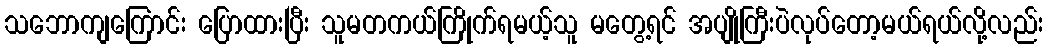
သဘောကျကြောင်း ပြောထားပြီး သူမတကယ်ကြိုက်ရမယ့်သူ မတွေ့ရင် အပျိုကြီးပဲလုပ်တော့မယ်ရယ်လို့လည်း